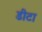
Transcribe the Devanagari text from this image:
डीटा